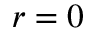
r = 0